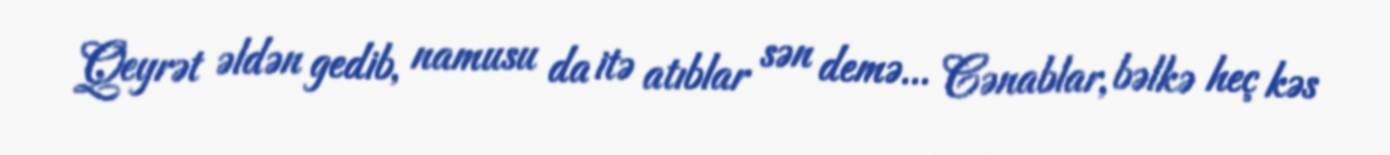
Qeyrət əldən gedib, namusu da itə atıblar sən demə... Cənablar, bəlkə heç kəs